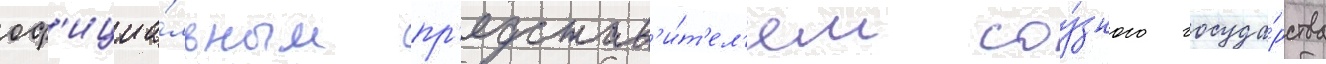
оф'ициа́льным пр'едстав'и́т'ел'ем соу́зного госуда́рства